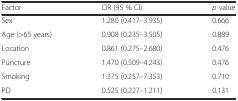
<table><thead><tr><td><b>Factor</b></td><td><b>OR (95 % CI)</b></td><td><b><i>p</i> value</b></td></tr></thead><tbody><tr><td>Sex</td><td>1.280 (0.417–3.935)</td><td>0.666</td></tr><tr><td>Age (&gt;65 years)</td><td>0.908 (0.235–3.505)</td><td>0.889</td></tr><tr><td>Location</td><td>0.861 (0.275–2.680)</td><td>0.476</td></tr><tr><td>Puncture</td><td>1.470 (0.509–4.243)</td><td>0.476</td></tr><tr><td>Smoking</td><td>1.375 (0.257–7.353)</td><td>0.710</td></tr><tr><td>PD</td><td>0.525 (0.227–1.211)</td><td>0.131</td></tr></tbody></table>